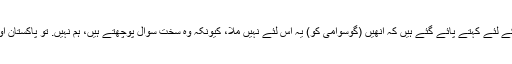
کتنی دفعہ گوسوامی دوسرے چینلوں کو ملنے والے خصوصی انٹرویو کے لئے کہتے پائے گئے ہیں کہ انھیں (گوسوامی کو) یہ اس لئے نہیں ملا، کیونکہ وہ سخت سوال پوچھتے ہیں، ہم نہیں. تو پاکستان اور کشمیر معاملے پر حکومت کے لئے کہاں ہیں آپ کے ‘سخت’ سوال؟